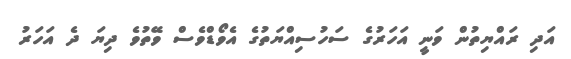
އަދި ރައްޔިތުން ވަނީ އަހަރުގެ ސަހުސިއްޔަތުގެ އެވޯޑްވެސް ވޭތުވެ ދިޔަ ދެ އަހަރު